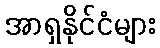
အာရှနိုင်ငံများ